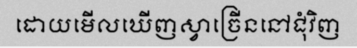
ដោយមើលឃើញស្វាច្រើននៅជុំវិញ